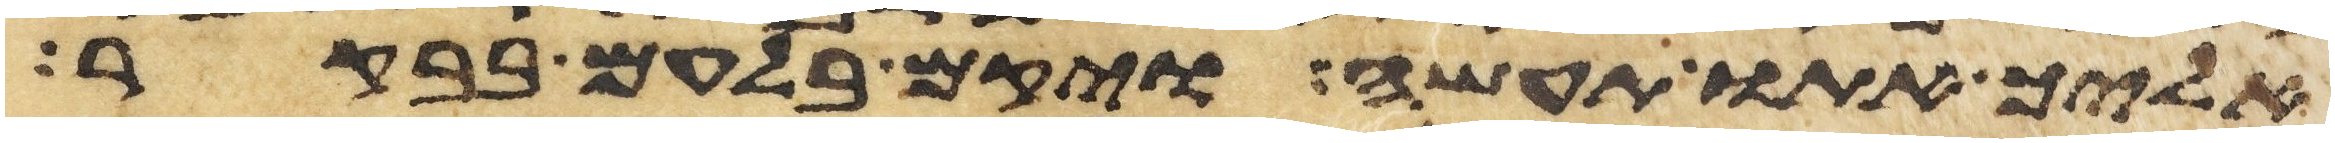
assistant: אליך אתו תעשה ויקם בלעם בבקר